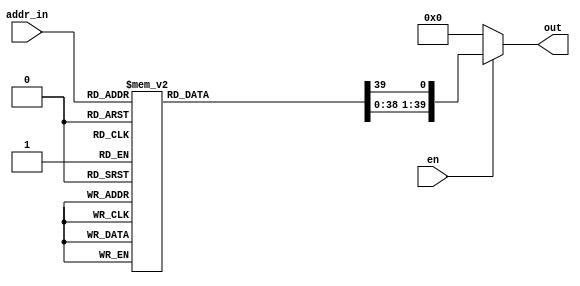
module decoder_6b_40b_en(
    addr_in,
    en,
    out);

input[5:0] addr_in; 
wire[5:0] addr_in;

output[39:0] out;
wire[39:0] out;
input en; 
wire en;

reg[39:0] decoded_out;

always@(addr_in)
begin
    decoded_out = 40'd0;
    case (addr_in)
        0: decoded_out[0]=1'b1;
        1: decoded_out[1]=1'b1;
        2: decoded_out[2]=1'b1;
        3: decoded_out[3]=1'b1;
        4: decoded_out[4]=1'b1;
        5: decoded_out[5]=1'b1;
        6: decoded_out[6]=1'b1;
        7: decoded_out[7]=1'b1;
        8: decoded_out[8]=1'b1;
        9: decoded_out[9]=1'b1;
        10: decoded_out[10]=1'b1;
        11: decoded_out[11]=1'b1;
        12: decoded_out[12]=1'b1;
        13: decoded_out[13]=1'b1;
        14: decoded_out[14]=1'b1;
        15: decoded_out[15]=1'b1;
        16: decoded_out[16]=1'b1;
        17: decoded_out[17]=1'b1;
        18: decoded_out[18]=1'b1;
        19: decoded_out[19]=1'b1;
        20: decoded_out[20]=1'b1;
        21: decoded_out[21]=1'b1;
        22: decoded_out[22]=1'b1;
        23: decoded_out[23]=1'b1;
        24: decoded_out[24]=1'b1;
        25: decoded_out[25]=1'b1;
        26: decoded_out[26]=1'b1;
        27: decoded_out[27]=1'b1;
        28: decoded_out[28]=1'b1;
        29: decoded_out[29]=1'b1;
        30: decoded_out[30]=1'b1;
        31: decoded_out[31]=1'b1;
        32: decoded_out[32]=1'b1;
        33: decoded_out[33]=1'b1;
        34: decoded_out[34]=1'b1;
        35: decoded_out[35]=1'b1;
        36: decoded_out[36]=1'b1;
        37: decoded_out[37]=1'b1;
        38: decoded_out[38]=1'b1;
        39: decoded_out[39]=1'b1;
        default: decoded_out = 40'd0;
    endcase
end

assign out = (en)?decoded_out:40'd0;

endmodule